画像に写った文字を読んでください
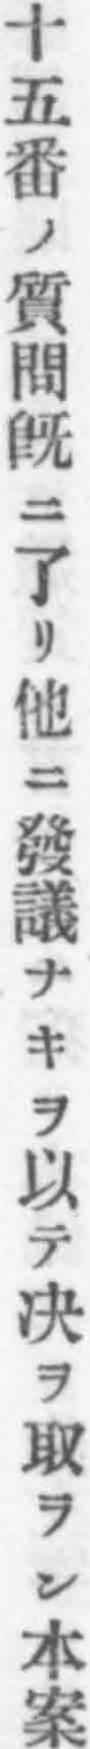
「十五番ノ質問既ニ了リ他ニ發議ナキヲ以テ决ヲ取ラン本案」と書いてあります